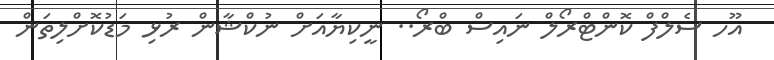
އޫހ ސެލްފް ކޮންޓްރޯލް ނައިސް ބްރޯ.. ނީކިޔާއަށް ނުކްޝާން ރުޅި މަޑުކޮށްލިތަން